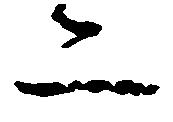
二